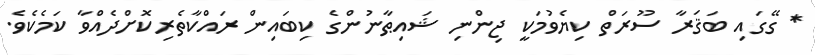
* ގޭގައި ބަޤަރާ ސޫރަތް ކިޔެވުމަކީ ޖިންނި ޝައިޠާނުންގެ ކިބައިން ރައްކާތެރިކޮށްދެއްވާ ކަމެކެވެ.